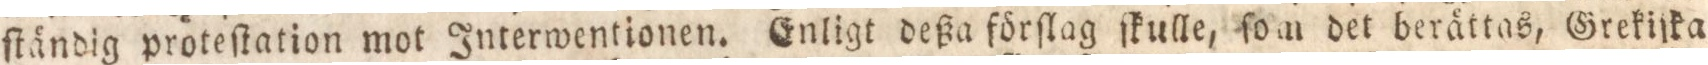
ſtändig proteſtation mot Interwentionen. Enligt deßa förſlag ſkulle, ſom det berättas, Grekiſka